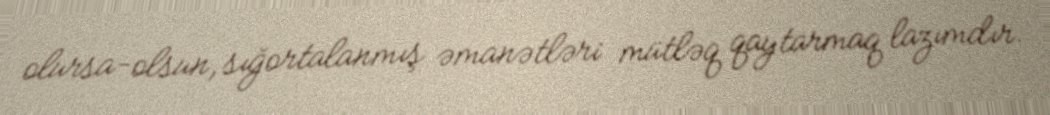
olursa-olsun, sığortalanmış əmanətləri mütləq qaytarmaq lazımdır.